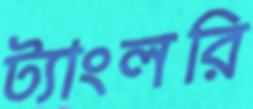
ট্যাংলরি